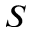
S